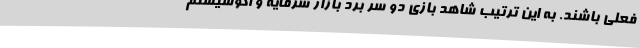
فعلی باشند. به این ترتیب شاهد بازی دو سر برد بازار سرمایه و اکوسیستم